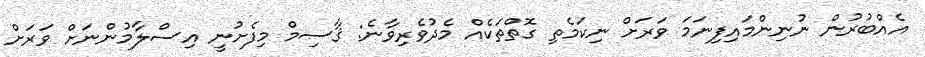
އެއްބުރުން ނުނިންމައިފިނަމަ ވަރަށް ނިކަމެތި ގޮތްތަކެއް މެދުވެރިވާނެ: ޤާސިމް މިފެށުނީ އިސްލާމުންނަށް ވަރަށް